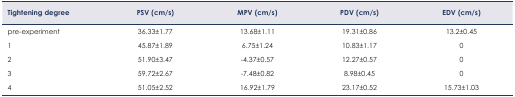
| Tightening degree | PSV (cm/s) | MPV (cm/s) | PDV (cm/s) | EDV (cm/s) |
 | --- | --- | --- | --- | --- |
 | pre-experiment | 36.33±1.77 | 13.68±1.11 | 19.31±0.86 | 13.2±0.45 |
 | 1 | 45.87±1.89 | 6.75±1.24 | 10.83±1.17 | 0 |
 | 2 | 51.90±3.47 | −4.37±0.57 | 12.27±0.57 | 0 |
 | 3 | 59.72±2.67 | −7.48±0.82 | 8.98±0.45 | 0 |
 | 4 | 51.05±2.52 | 16.92±1.79 | 23.17±0.52 | 15.73±1.03 |